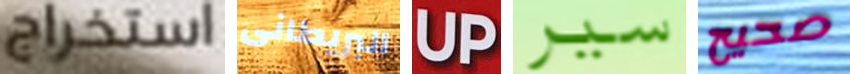
استخراج البريطانى UP سير صحيح